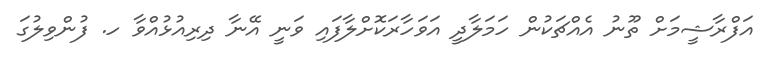
އަފްރާޝީމަށް ތޫނު އެއްޗަކުން ހަމަލާދީ އަވަހާރަކޮށްލާފައި ވަނީ އޭނާ ދިރިއުޅުއްވާ ހ. ފުންވިލުގަ